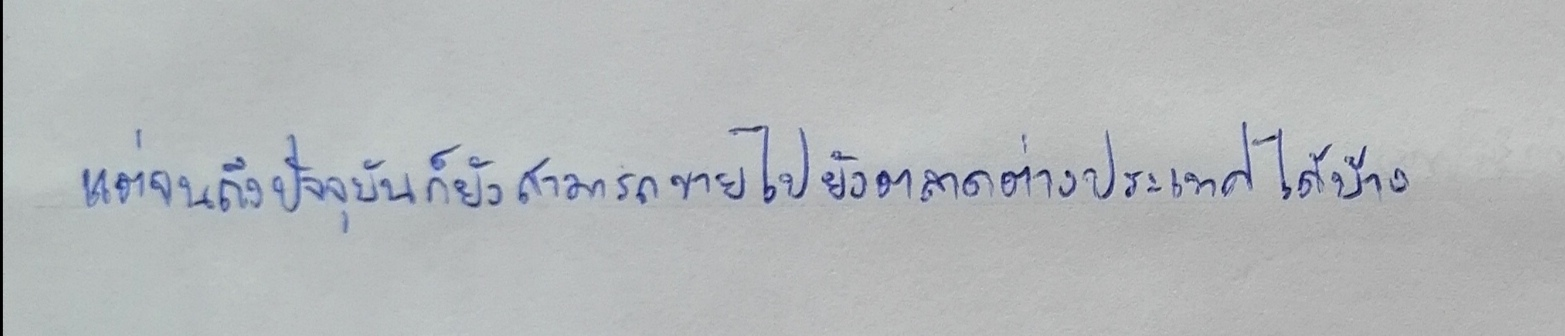
แต่จนถึงปัจจุบันก็ยังสามารถขายไปยังตลาดต่างประเทศได้บ้าง